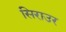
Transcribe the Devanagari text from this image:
सिराउर